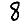
Digit: 8